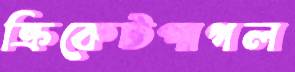
ক্রিকেটপাগল